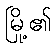
မြို့၏